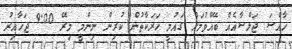
ހާއްސަ ޖަލްސާއެއް ބޭއްވުމަށް ގައުމީ ހަރަކާތުން ކުރިން ނިންމީ މިރޭ 9:00 ޖަހާއިރު